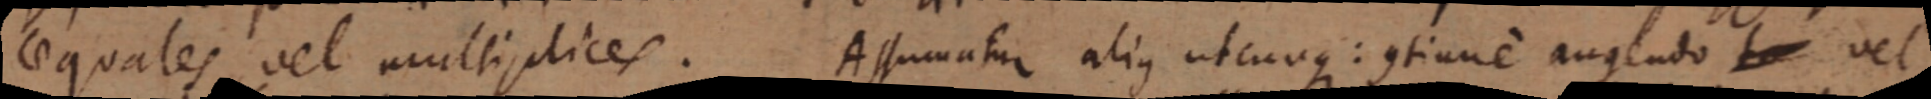
aequales vel multiplices. Assumatur alias utcunque: continue augendo vel